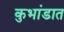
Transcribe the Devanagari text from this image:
कुभांडात